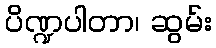
ပိဏ္ဍပါတာ၊ ဆွမ်း